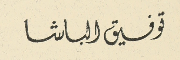
توفيق الباشا